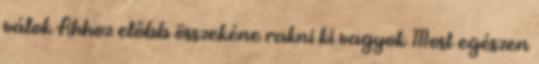
válok Ahhoz előbb összekéne rakni ki vagyok Most egészen